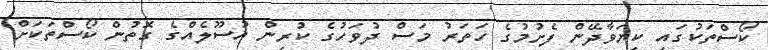
ކޯސްތަކުގައި ކިޔަވާދޭން ފެށުމުގެ ހަތަރު މަސް ދުވަހުގެ ކުރިން އުސޫލެއްގެ ގޮތުން ކޯސްތަކަށް